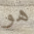
هو